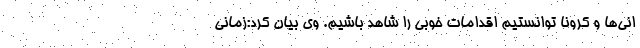
انی‌ها و کرونا توانستیم اقدامات خوبی را شاهد باشیم. وی بیان کرد:زمانی